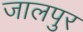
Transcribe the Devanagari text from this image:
जालपुर